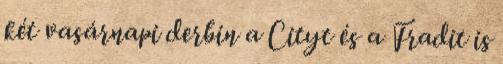
két vasárnapi derbin a Cityt és a Fradit is